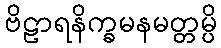
ဗိဠာရနိက္ခမနမတ္တမ္ပိ